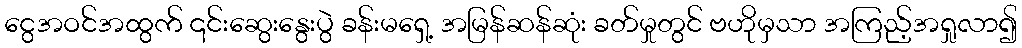
ငွေအဝင်အထွက် ၎င်းဆွေးနွေးပွဲ ခန်းမရှေ့ အမြန်ဆန်ဆုံး ခတ်မှုတွင် ဗဟိုမှသာ အကြည့်အရှုလာ၍